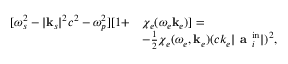
\begin{array} { r } { \begin{array} { r l } { \relax [ \omega _ { s } ^ { 2 } - | \mathbf { k } _ { s } | ^ { 2 } c ^ { 2 } - \omega _ { p } ^ { 2 } ] [ 1 + } & { \chi _ { e } ( \omega _ { e } \mathbf { k } _ { e } ) ] = } \\ & { - \frac { 1 } { 2 } \chi _ { e } ( \omega _ { e } , \mathbf { k } _ { e } ) ( c k _ { e } | \textbf { a } _ { i } ^ { \mathrm { i n } } | ) ^ { 2 } , } \end{array} } \end{array}